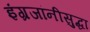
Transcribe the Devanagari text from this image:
इंग्रजांनीसुद्धा